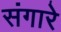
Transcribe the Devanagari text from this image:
संगारे